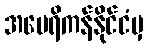
အမေရိကန်နိုင်ငံမှ